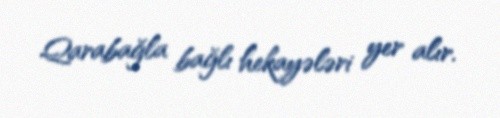
Qarabağla bağlı hekayələri yer alır.